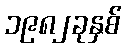
၁၉၈၂ခုနှစ်